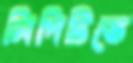
লিপিটিতে